Calcutta medical institutions reports 1871-78
Year: 1871
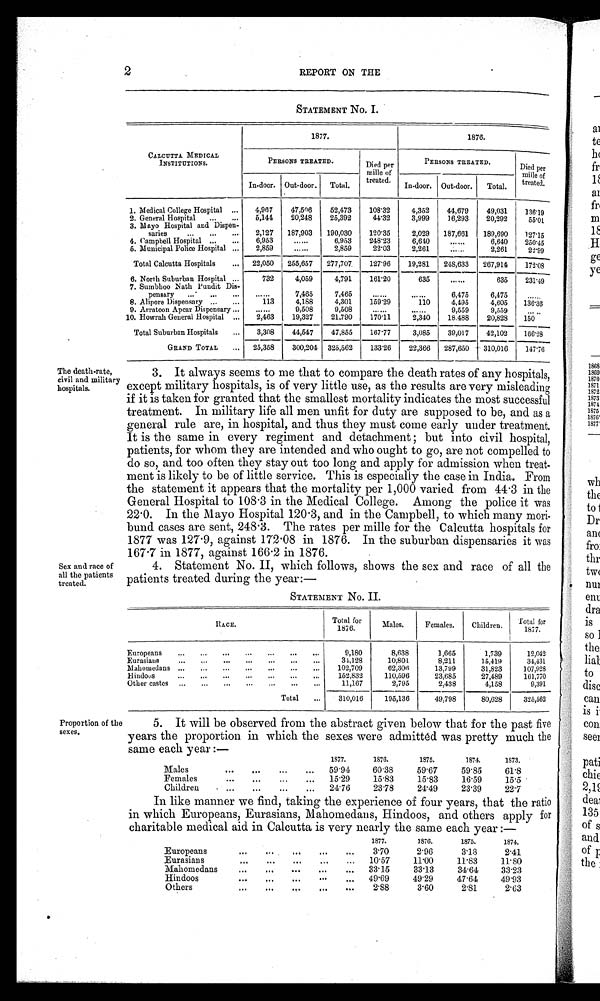
2
REPORT ON THE
STATEMENT No. I.
CALCUTTA MEDICAL
INSTITUTIONS.
1877.
1876.
PERSONS TREATED.
Died per
mille of
treated.
PERSONS TREATED.
Died per
mille of
treated.
In-door. Outdoor. Total.
In-door. Out-door. Total.
1. Medical College Hospital ...
4,967
47,506
52,473
108·32
4,352
44,679
49,031
136·19
2. General Hospital ...
...
5,144
20,248
25,392
44· 32
3,999
16,293
20,292
55·01
3. Mayo Hospital and Dispen-
saries
. . .
. . .
. . . 2,127 187,903 190,030
120·35
2,029 187,661 189,690
127·15
4. Campbell Hospital ...
...
6,953
......
6,953
248·23
6,640
......
6,640
250·45
5. Municipal Police Hospital ...
2,859
......
2,859
22·03
2,261
......
2,261
22·99
Total Calcutta Hospitals
... 22,050 255,657 277,707
127·96
19,281 248,633 267,914
172·08
6. North Suburban Hospital . . .
732
4,059
4,791
161·20
635
......
- 635
231·49
7. Sumbhoo Nath Pundit Dis-
pensary ...
...
...
......
7,465
7,465
. . . . . .
......
6,475
6,475
. . . . . .
8. Alipore Dispensary ...
...
113
4,188
4,301
159·29
110
4,495
4,605
136·36
9. Arratoon Apcar Dispensary ...
. . . . . .
9,508
9,508
......
......
9,559
9,559
.....
10. Howrah General Hospital ...
2,463
19,327
21,790
170·11
2,340
18·488
20,828
150
Total Suburban Hospitals
...
3,308
44,547
47,855
167·77
3,085
39,017
42,102
166·28
GRAND TOTAL
... 25,358
300,204 326,562
133·26
22,366 287,650 310,016
1 4 7 · 7 6
The death-rate,
civil and military
hospitals.
Sex and race of
all the patients
treated.
3. It always seems to me that to compare the death rates of any hospitals,
except military hospitals, is of very little use, as the results are very misleading
if it is taken for granted that the smallest mortality indicates the most successful
treatment. In military life all men unfit for duty are supposed to be, and as a
general rule are, in hospital, and thus they must come early under treatment.
It is the same in every regiment and detachment; but into civil hospital,
patients, for whom they are intended and who ought to go, are not compelled to
do so, and too often they stay out too long and apply for admission when treat
-ment is likely to be of little service. This is especially the case in India. From
the statement it appears that the mortality per 1,000 varied from 44·3 in the
General Hospital to 108·3 in the Medical College. Among the police it was
22·0. In the Mayo Hospital 120·3, and in the Campbell, to which many mori-
bund cases are sent, 248·3. The rates per mille for the Calcutta hospitals for
1877 was 127·9, against 172·08 in 1876. In the suburban dispensaries it was
167·7 in 1877, against 166·2 in 1876.
4. Statement No. II, which follows, shows the sex and race of all the
patients treated during the year:—
STATEMENT No. II.
R A C E .
Total for
1876.
Males.
Females.
Children.
Total for
1877.
Europeans
...
...
...
...
...
...
...
9,180
8,638
1,665
1,739
12,042
Eurasians
. . .
...
. . .
. . .
. . .
...
. . .
34,128
10,801
8,211
15,419
31,431
Mahomedans ...
...
...
. . .
...
...
...
102,709
62,306
13,799
31,823
107,928
Hindoos
...
...
...
...
...
...
...
152,832
110,596
23,685
27,489
161,770
Other castes ...
...
...
...
...
. . .
. . .
11,167
2,795
2,438
4,158
9,391
Total
...
310,016
195,136
49,798
80,628
325,562
Proportion of the
sexes.
5. It will be observed from the abstract given below that for the past five
years the proportion in which the sexes were admitted was pretty much the
same each year:—
1877.
1876.
1875.
1874.
1873.
Males
. . . . . .
. . .
. . .
59·94
60·38
59·67
59·85
61·8
Females
. . .
. . .
. . .
. . . 15·29
15·83
15·83
16·59
15·5
Children
...
...
. . .
... 24·76
23·78
24·49
23·39
22·7
In like manner we find, taking the experience of four years, that the ratio
in which Europeans, Eurasians, Mahomedans, Hindoos, and others apply for
charitable medical aid in Calcutta is very nearly the same each year:—
1877.
1876.
1875.
1874.
Europeans
...
. . . ...
...
...
3·70
2·96
3·18
2·41
Eurasians
. . .
. . .
. . . ...
. . .
10·57
11·00
11·83
11·80
Mahomedans
. . .
. . .
. . .
. . .
. . .
3 3 · 1 5 33·13
34·64
33·23
Hindoos
. . .
. . .
. . .
. . .
. . .
4 9 · 6 9 49·29
47·64
49·93
Others
. . .
. . .
. . .
. . .
. . .
2 · 8 8
3·60
2·81
2·63